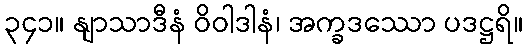
၃၄၁။ နျာသာဒီနံ ဝိဝါဒါနံ၊ အက္ခဒဿော ပဒဋ္ဌရိ။